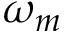
\omega _ { m }